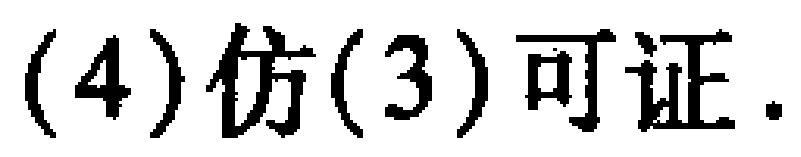
(4) 仿(3) 可证.